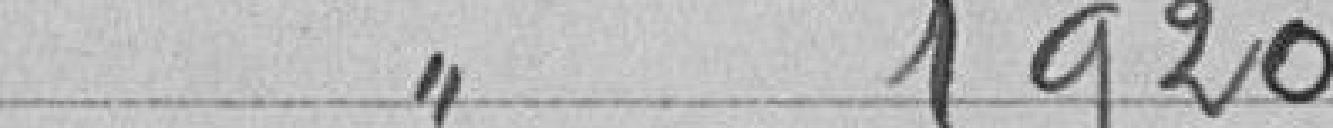
" 1920